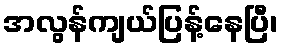
အလွန်ကျယ်ပြန့်နေပြီ၊